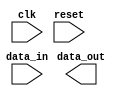
module behavioral_modeling(
    input wire clk,
    input wire reset,
    input wire [7:0] data_in,
    output reg [7:0] data_out
);
    
    always @ (negedge clk) begin
        // Your statements here
        // This code block will be executed whenever the clock signal transitions from high to low
        // Make sure to include operations that need to be triggered by the falling edge of the clock signal
    end
    
endmodule